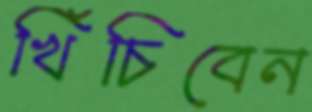
খিঁচিবেন